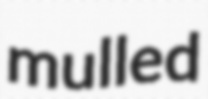
mulled